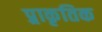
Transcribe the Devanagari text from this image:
प्र्राकृतिक